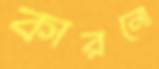
কারনো